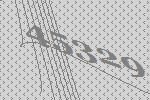
45329